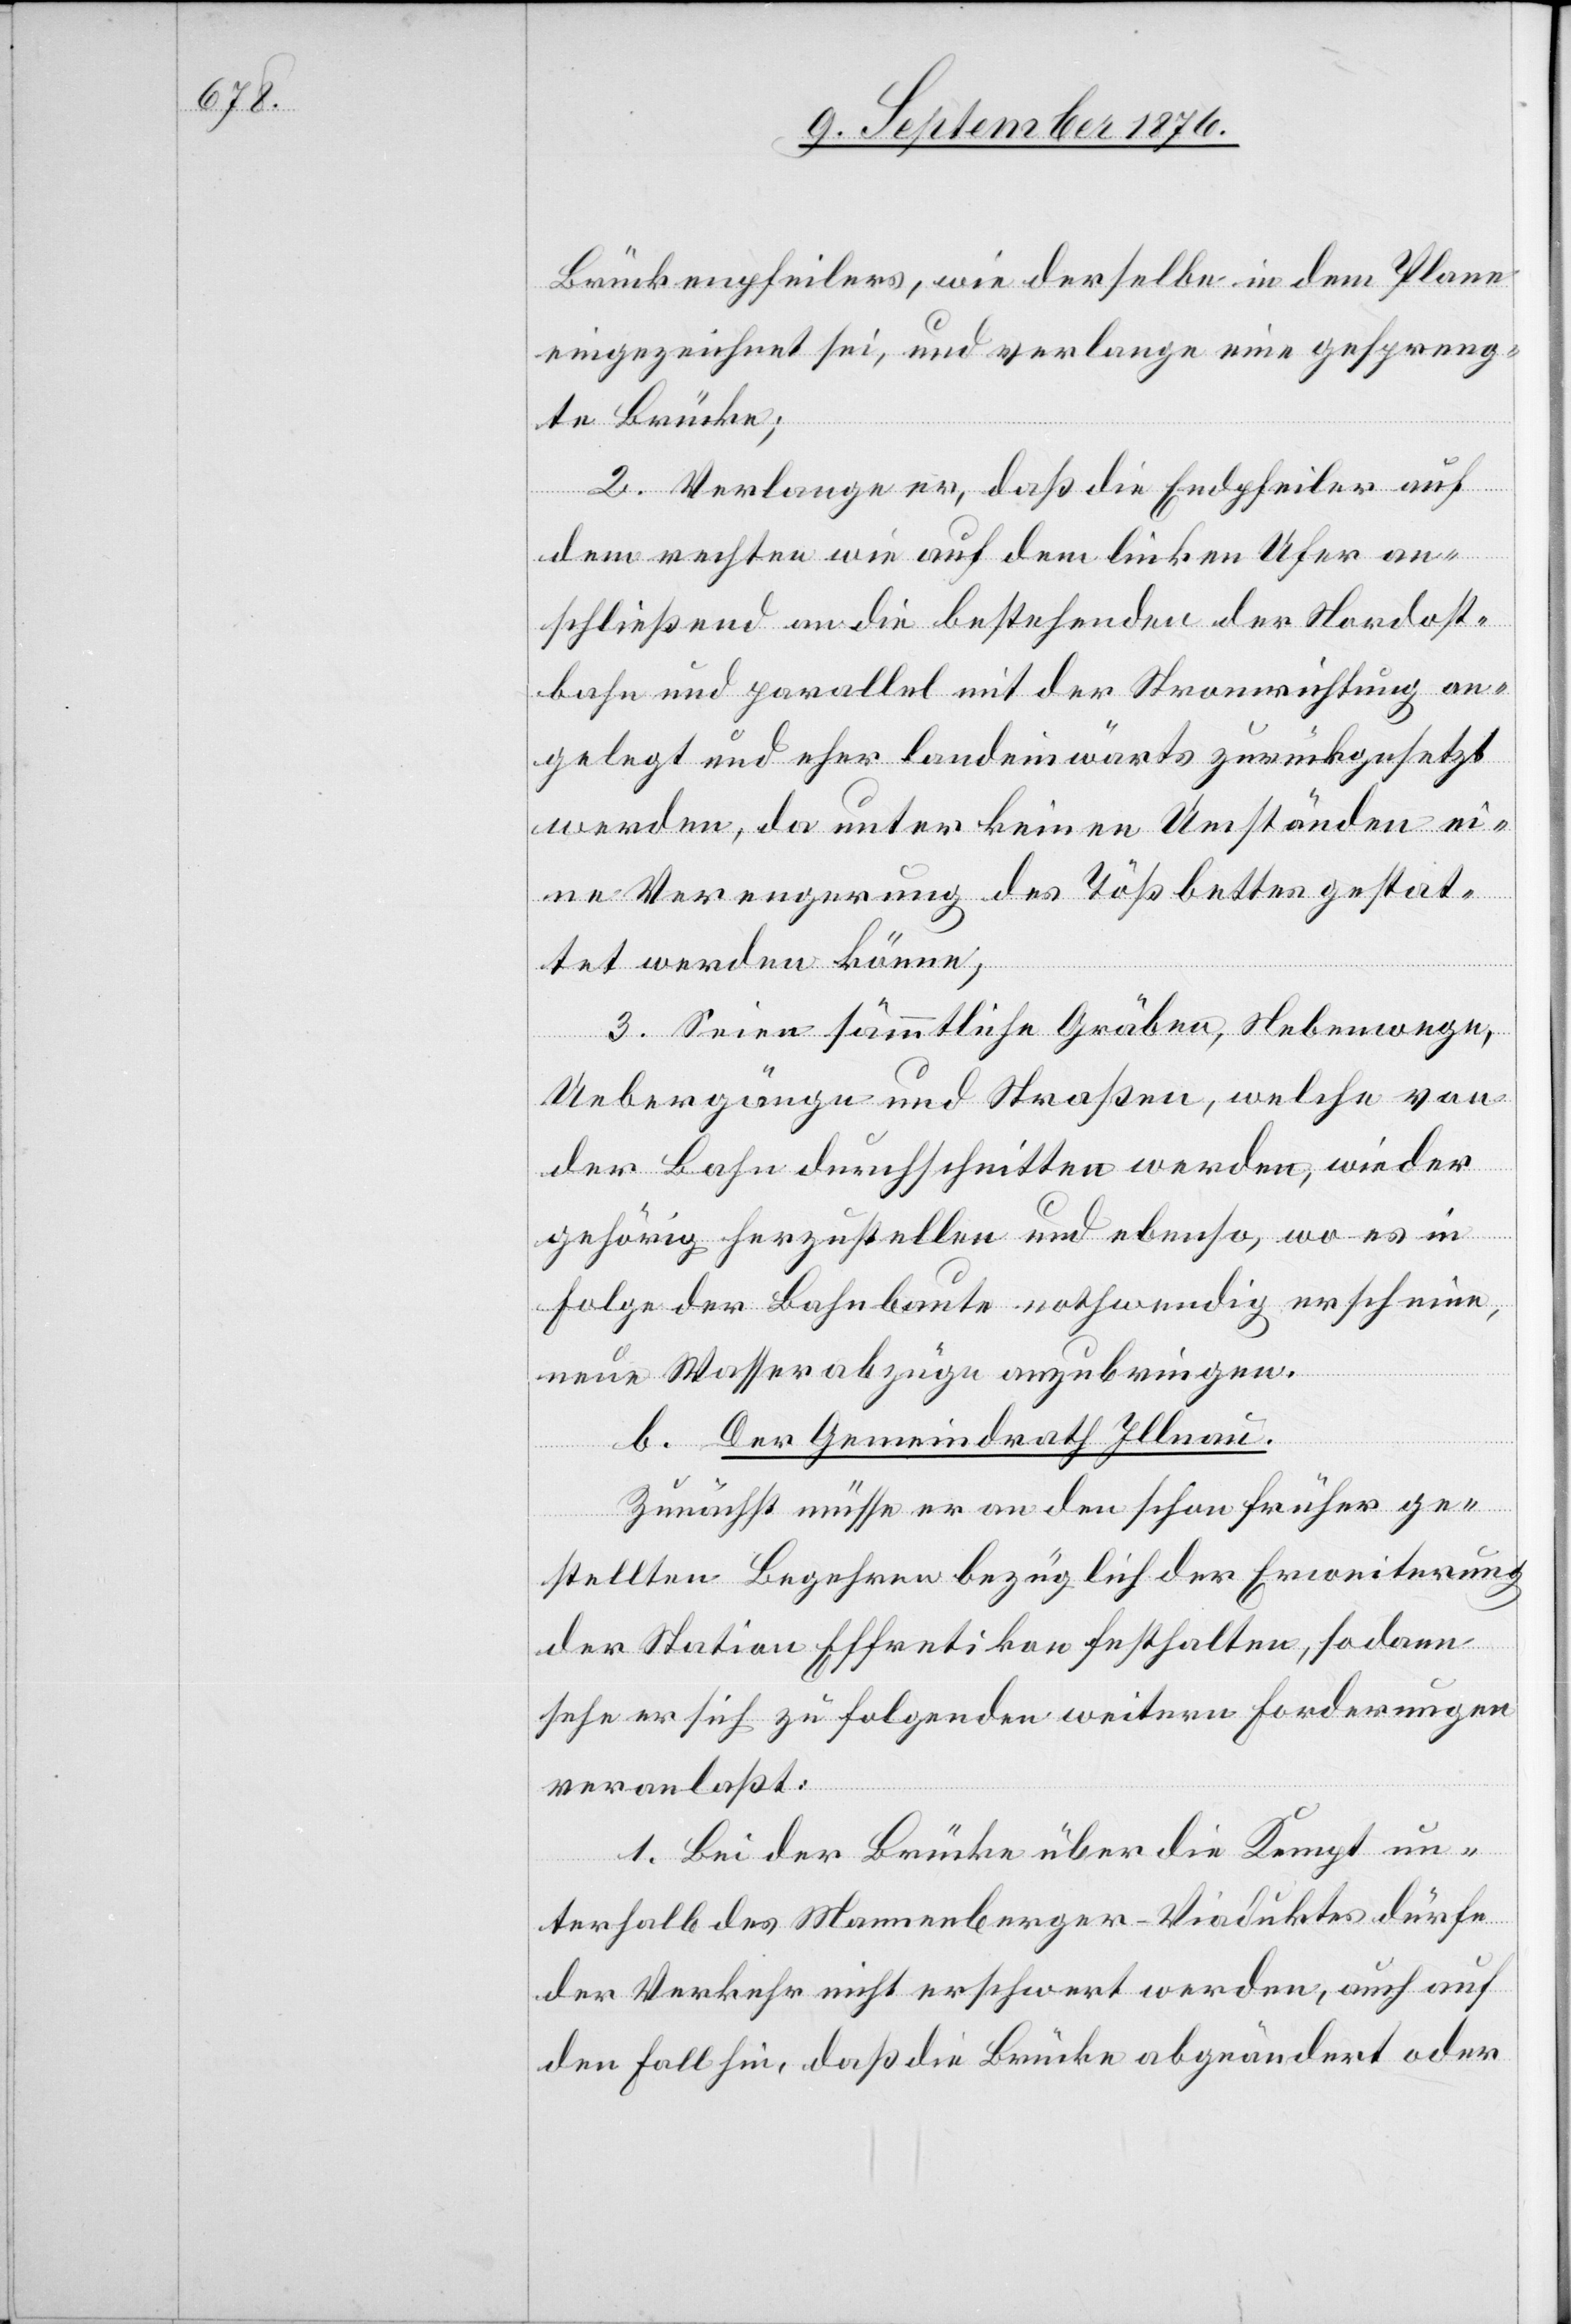
Brückenpfeilers, wie derselbe in dem Plane
eingezeichnet sei, und verlange eine gespreng¬
te Brücke;
2. Verlange er, daß die Endpfeiler auf
dem rechten wie auf dem linken Ufer an¬
schließend an die bestehenden der Nordost¬
bahn und parallel mit der Stromrichtung an¬
gelegt und eher landeinwärts zurückgesetzt
werden, da unter keinen Umständen ei¬
ne Verengerung des Tößbettes gestat¬
tet werden könne,
3. Seien sämmtliche Gräben, Nebenwege,
Uebergänge und Straßen, welche von
der Bahn durchschritten werden, wieder
gehörig herzustellen und ebenso, wo es in
Folge der Bahnbaute nothwendig erschiene,
neue Wasserabzüge anzubringen.
Der Gemeindrath Illnau.
b.
Zunächst müsse er an den schon früher ge¬
stellten Begehren bezüglich der Erweiterung
der Station Effretikon festhalten, sodann
sehe er sich zu folgenden weitern Forderungen
veranlaßt:
1. Bei der Brücke über die Kempt un¬
terhalb des Mannenberger-Viaduktes dürfe
der Verkehr nicht erschwert werden, auch auf
den Fall hin, daß die Brücke abgeändert oder